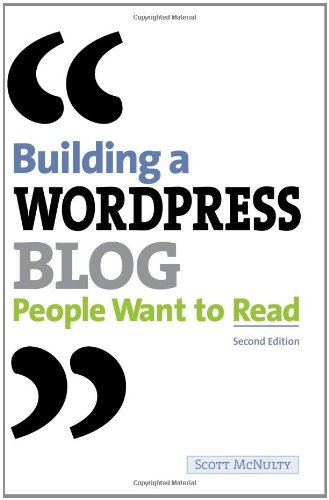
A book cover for Building a WordPress Blog People Want to Read (2nd Edition); Scott McNulty; Computers & Technology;